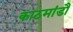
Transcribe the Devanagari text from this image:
काठमांडौं